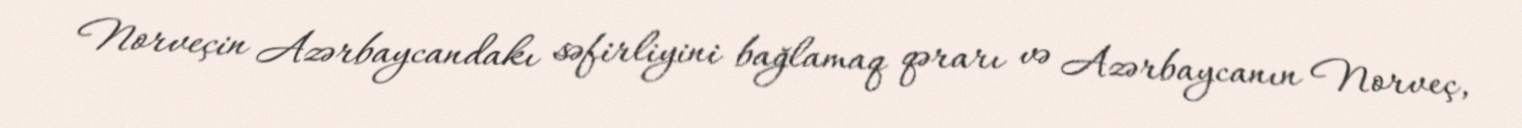
Norveçin Azərbaycandakı səfirliyini bağlamaq qərarı və Azərbaycanın Norveç,